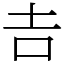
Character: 𠮷